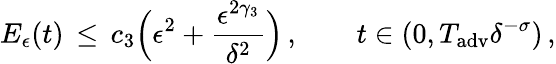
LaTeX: E_{\epsilon}(t)\, \le\, c_{3}\Bigl(\epsilon^{2}+\frac{\epsilon^{2\gamma_{3}}}{\delta^{2}}\Bigr)\, ,\qquad t\in(0,T_{\mathrm{adv}}\delta^{-\sigma})\, ,